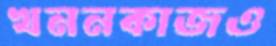
খননকাজও